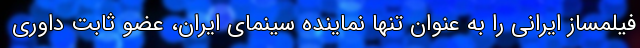
فیلمساز ایرانی را به عنوان تنها نماینده سینمای ایران، عضو ثابت داوری